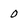
Character: O